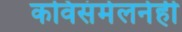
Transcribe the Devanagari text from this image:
कविसंमेलनेही